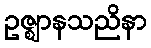
ဥဇ္ဈာနသညိနာ